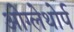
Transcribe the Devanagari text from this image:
ओग्लेथोर्प